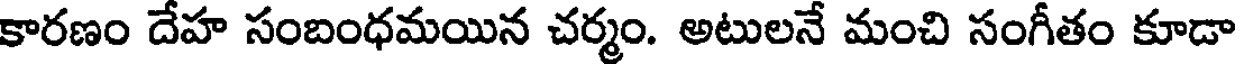
కారణం దేహ సంబంధమయిన చర్మం. అటులనే మంచి సంగీతం కూడా